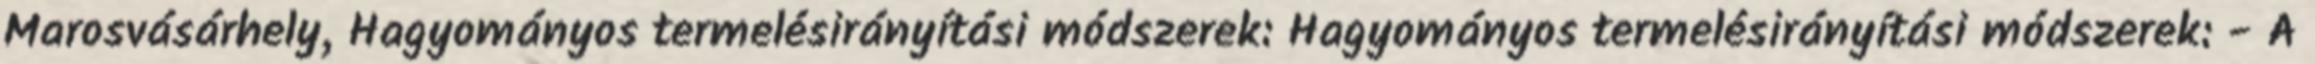
Marosvásárhely, Hagyományos termelésirányítási módszerek: Hagyományos termelésirányítási módszerek: - A